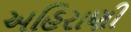
અહિરાણી